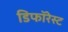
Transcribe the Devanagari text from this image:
डिफॉरेस्ट